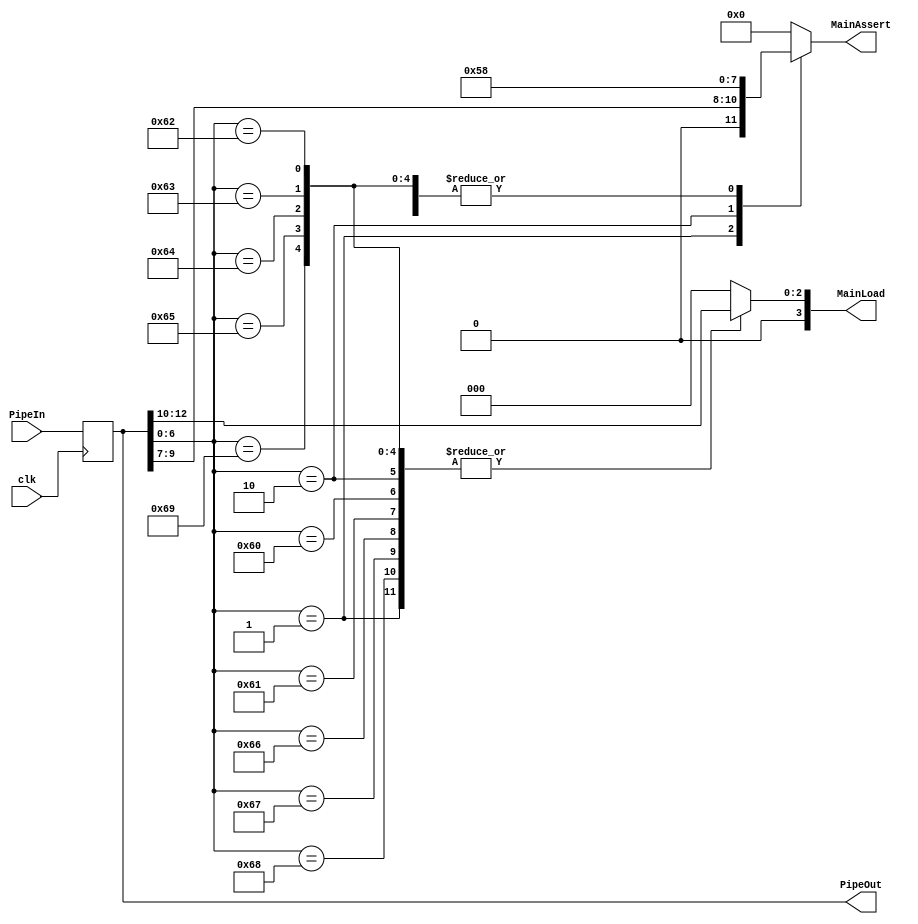
module pipe_stage2
#(
    parameter DATA_WIDTH = 16
)
(
    input clk,
    input [DATA_WIDTH-1:0] PipeIn,
    
    output [DATA_WIDTH-1:0] PipeOut,
    output reg [3:0] MainAssert,
    output reg [3:0] MainLoad
);

reg [DATA_WIDTH-1:0] PipeLatch;

initial
    PipeLatch <= 0;

always @(posedge clk) begin
    PipeLatch <= PipeIn;

end

always @(PipeLatch) begin
    MainLoad <= PipeLatch[12:10];

    case (PipeLatch[6:0]) // opcode
        1: begin                        // mov
            MainAssert <= PipeLatch[9:7];
        end
        96, 97, 102, 103, 104: begin    // add sub and or xor
            MainAssert <= 8;
        end
        2: begin                        // mvi
            MainAssert <= 5;
        end
        98, 99, 100, 101, 105: begin    // inc dec shl shr not
            MainAssert <= 8;
        end
        default: begin
            MainLoad <= 0;
            MainAssert <= 0;
        end

    endcase

end



assign PipeOut = PipeLatch;

endmodule